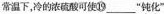
常温下，冷的浓硫酸可使⑲___“钝化”